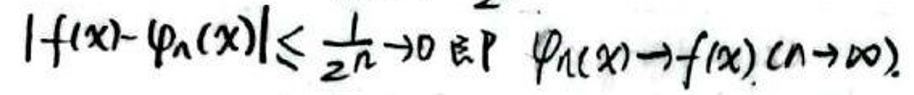
$|f(x)-\varphi_n(x)|\leq\frac{1}{2^n}\to0(n\to\infty)\text{即}\varphi_n(x)\to f(x)(n\to\infty)$